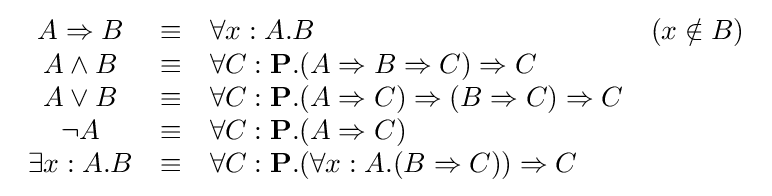
{\begin{array}{ccll}A\Rightarrow B&\equiv &\forall x:A.B&(x\notin B)\\A\wedge B&\equiv &\forall C:\mathbf {P} .(A\Rightarrow B\Rightarrow C)\Rightarrow C&\\A\vee B&\equiv &\forall C:\mathbf {P} .(A\Rightarrow C)\Rightarrow (B\Rightarrow C)\Rightarrow C&\\\neg A&\equiv &\forall C:\mathbf {P} .(A\Rightarrow C)&\\\exists x:A.B&\equiv &\forall C:\mathbf {P} .(\forall x:A.(B\Rightarrow C))\Rightarrow C&\end{array}}